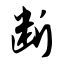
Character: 断